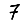
Digit: 7